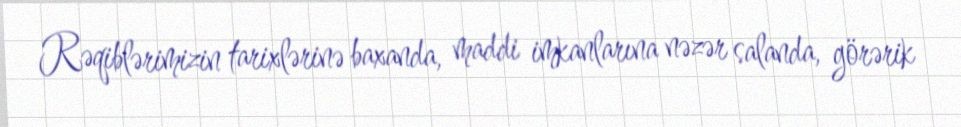
Rəqiblərimizin tarixlərinə baxanda, maddi imkanlarına nəzər salanda, görərik